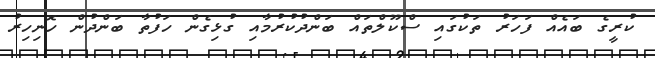
ކުރީގެ ބައެއް ފަހަރު ތަކުގައި ސްކޫލްތައް ބަންދުކުރުމާއި ގުޅިގެން ހަފުތާ ބަންދުން ހޮނިހިރު